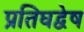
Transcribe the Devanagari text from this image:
प्रतिघद्वेष